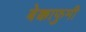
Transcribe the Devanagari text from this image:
बेक्काफुमी